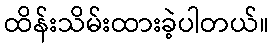
ထိန်းသိမ်းထားခဲ့ပါတယ်။